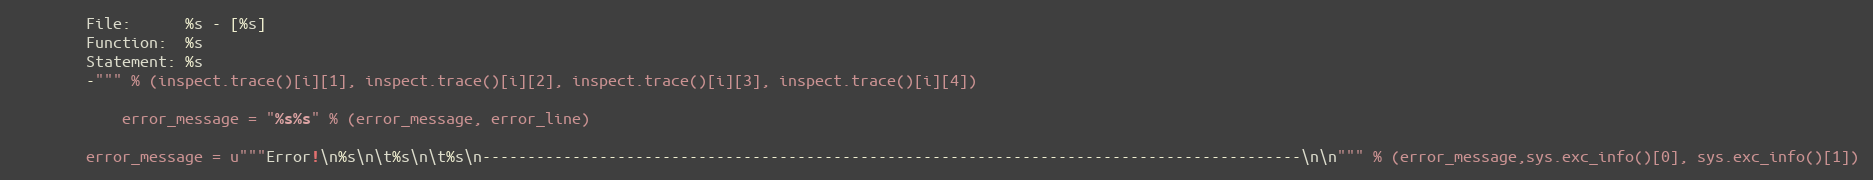
Language: Python
        File:      %s - [%s]
        Function:  %s
        Statement: %s
        -""" % (inspect.trace()[i][1], inspect.trace()[i][2], inspect.trace()[i][3], inspect.trace()[i][4])

            error_message = "%s%s" % (error_message, error_line)

        error_message = u"""Error!\n%s\n\t%s\n\t%s\n-------------------------------------------------------------------------------------------\n\n""" % (error_message,sys.exc_info()[0], sys.exc_info()[1])